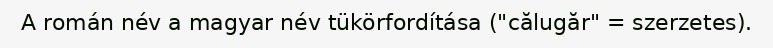
A román név a magyar név tükörfordítása ("călugăr" = szerzetes).